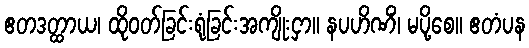
ဧတဒတ္ထာယ၊ ထိုဝတ်ခြင်းရုံခြင်းအကျိုးငှာ။ နပဟိဏိံ၊ မပို့စေ။ ဧတံပန